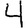
Digit: 4